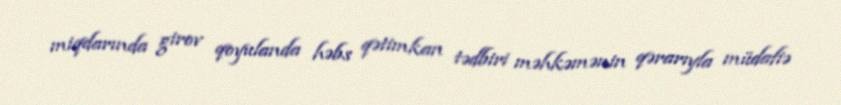
miqdarında girov qoyulanda həbs qətimkan tədbiri məhkəmənin qərarıyla müdafiə